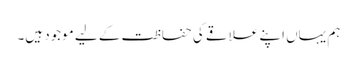
ہم یہاں اپنے علاقے کی حفاظت کے لیے موجود ہیں۔